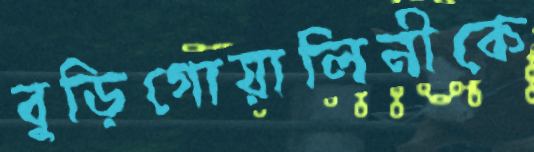
বুড়িগোয়ালিনীকে